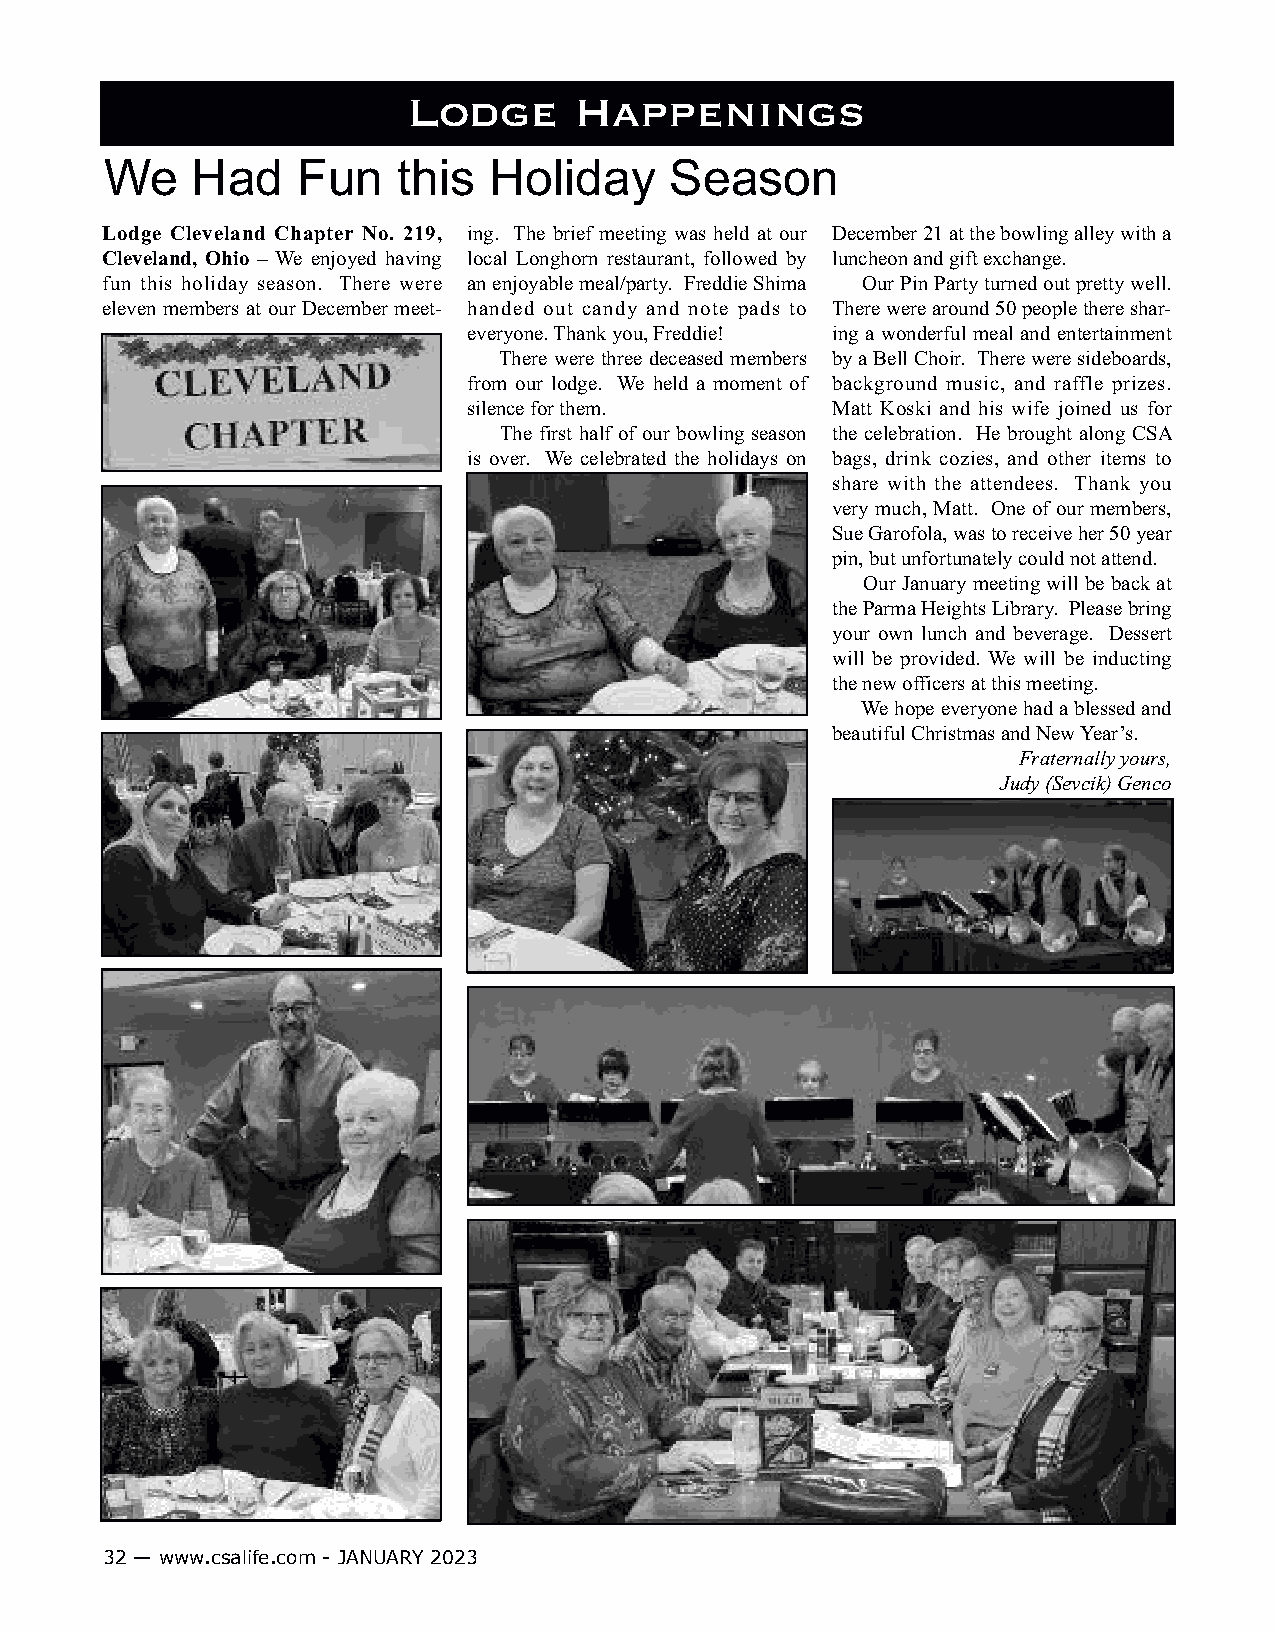
Lodge      Happenings
 We    Had    Fun   this  Holiday     Season
 Lodge Cleveland Chapter No. 219, ing. The brief meeting was held at our December 21 at the bowling alley with a
 Cleveland, Ohio – We enjoyed having local Longhorn restaurant, followed by luncheon and gift exchange.
 fun this holiday season. There were an enjoyable meal/party. Freddie Shima Our Pin Party turned out pretty well.
 eleven members at our December meet- handed out candy and note pads to There were around 50 people there shar-
 everyone. Thank you, Freddie! ing a wonderful meal and entertainment
 There were three deceased members by a Bell Choir. There were sideboards,
 from our lodge. We held a moment of background music, and raffle prizes.
 silence for them.       Matt Koski and his wife joined us for
 The first half of our bowling season the celebration. He brought along CSA
 is over. We celebrated the holidays on bags, drink cozies, and other items to
 share with the attendees. Thank you
 very much, Matt. One of our members,
 Sue Garofola, was to receive her 50 year
 pin, but unfortunately could not attend.
 Our January meeting will be back at
 the Parma Heights Library. Please bring
 your own lunch and beverage. Dessert
 will be provided. We will be inducting
 the new officers at this meeting.
 We hope everyone had a blessed and
 beautiful Christmas and New Year’s.
 Fraternally yours,
 Judy (Sevcik) Genco
 32 — www.csalife.com - JANUARY 2023